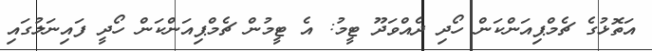
އަތޮޅުގެ ޗެމްޕިއަންކަން ހޯދި ދެއްވަދޫ ޓީމު: އެ ޓީމުން ޗެމްޕިއަންކަން ހޯދީ ފައިނަލުގައި